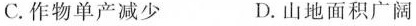
C.作物单产减少 D.山地面积广阔